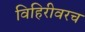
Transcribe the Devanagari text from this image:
विहिरीवरच